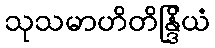
သုသမာဟိတိန္ဒြိယံ